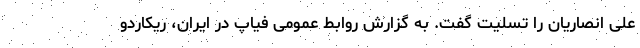
علی انصاریان را تسلیت گفت. به گزارش روابط عمومی فیاپ در ایران، ریکاردو